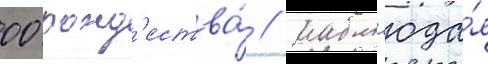
00 рожд'ества́ / набл'юда́я